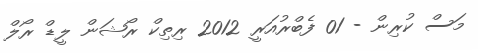
މަސް ކުރިން - 01 ފެބްރުއަރީ 2012 ރިތިކް ރޯޝަން ލީޑް ރޯލް